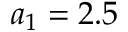
a _ { 1 } = 2 . 5